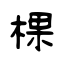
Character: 棵